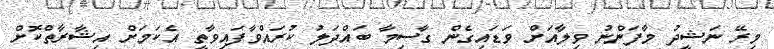
މިރޭ ނަޝީދު މާފަންނު ވިލާއަށް ވަޑައިގެން ގާސިމާ ބައްދަލު ކުރައްވާފައިވާތީ އެކަމަށް އިޝާރާތްކޮށް